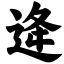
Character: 逄